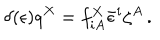
\delta ( \epsilon ) q ^ { X } = f _ { i A } ^ { X } \bar { \epsilon } ^ { i } \zeta ^ { A } \, .